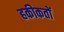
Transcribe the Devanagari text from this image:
हकीकतों